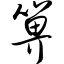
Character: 箅